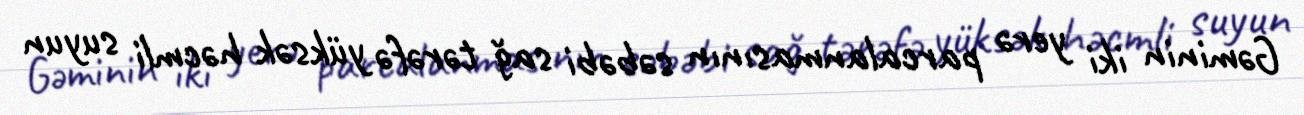
Gəminin iki yerə parcalanmasının səbəbi sağ tərəfə yüksək həcmli suyun